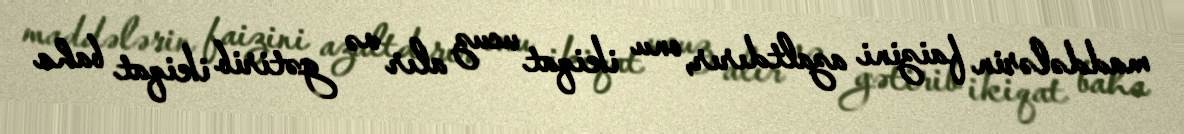
maddələrin faizini azaltdırır, onu ikiqat ucuz alır və gətirib ikiqat baha